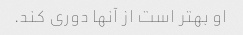
او بهتر است از آنها دوری کند.